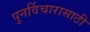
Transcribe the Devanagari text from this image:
पुनर्विचारासाठी